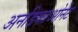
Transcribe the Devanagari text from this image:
अनडिकाओनेट